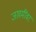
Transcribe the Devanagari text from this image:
जखमींवर